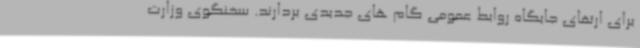
برای ارتقای جایگاه روابط عمومی گام های جدیدی بردارند. سخنگوی وزارت